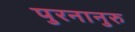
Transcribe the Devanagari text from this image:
पुरनानुरु